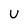
Character: U